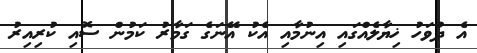
އެ ދުވަހު ޚިޔާލެއްގައި އިނުމާއި އެކު އޭނަގެ ގަމާރު ކަމުން ސޮއި ކުރިއިރު